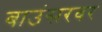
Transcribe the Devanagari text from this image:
बाउंसरवर